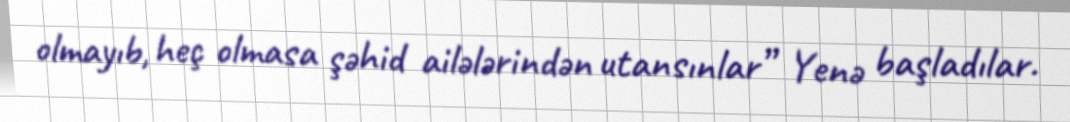
olmayıb, heç olmasa şəhid ailələrindən utansınlar” Yenə başladılar.